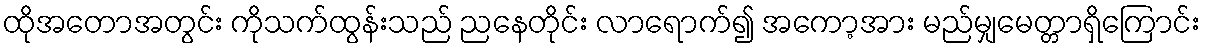
ထိုအတောအတွင်း ကိုသက်ထွန်းသည် ညနေတိုင်း လာရောက်၍ အကော့အား မည်မျှမေတ္တာရှိကြောင်း